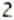
2